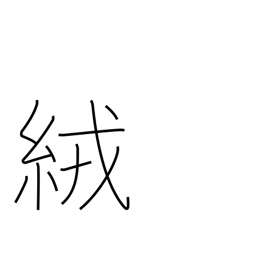
Meaning: wool cloth